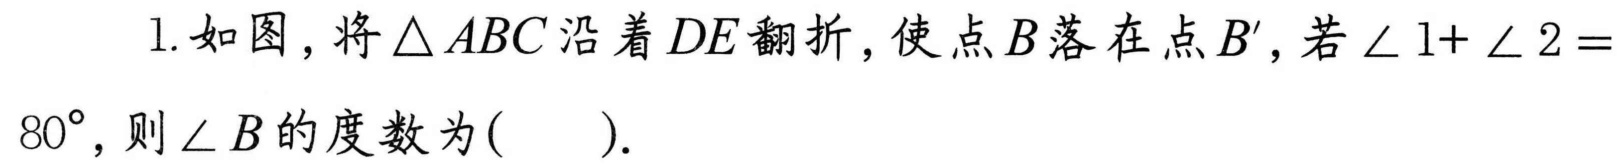
1. 如图，将\(\triangle ABC\)沿着\(DE\)翻折，使点\(B\)落在点\(B'\)，若\(\angle 1 + \angle 2 = 80^{\circ}\)，则\(\angle B\)的度数为(  ).